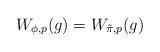
LaTeX: \begin{align*}W_{\phi,p}(g) = W_{\tilde{\pi},p}(g) \end{align*}